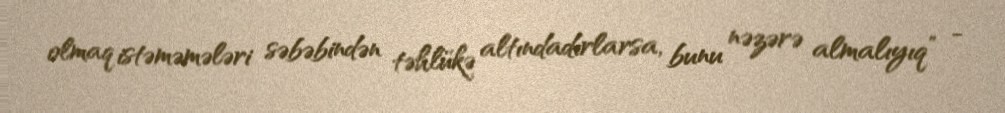
olmaq istəməmələri səbəbindən təhlükə altındadırlarsa, bunu nəzərə almalıyıq” -